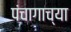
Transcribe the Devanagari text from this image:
पंचागाच्या